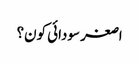
اصغر سودائی کون؟